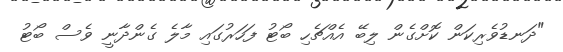
"ދަނޑުވެރިކަން ކޮށްގެން ލިބޭ އެއްްޗެހި ބޯޓު ފަހަރުގައި މާލެ ގެންދާނީ ވެސް ބޯޓު